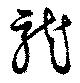
龍